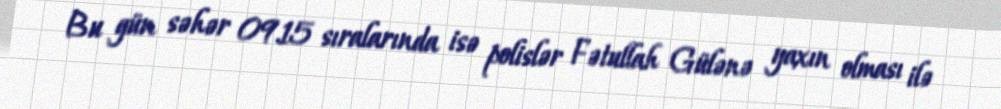
Bu gün səhər 09.15 sıralarında isə polislər Fətullah Gülənə yaxın olması ilə